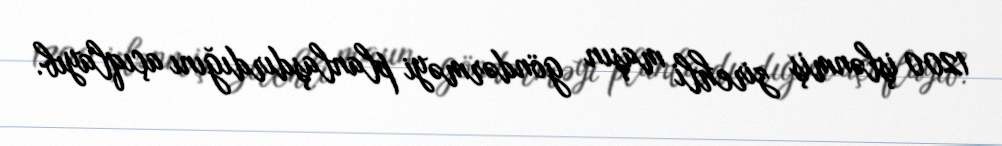
1200 işlənmiş zirehli maşın göndərməyi planlaşdırdığını açıqlayıb.